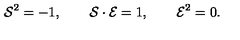
{ \cal S } ^ { 2 } = - 1 , \qquad { \cal S } \cdot { \cal E } = 1 , \qquad { \cal E } ^ { 2 } = 0 .